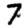
Digit: 7